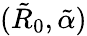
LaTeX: (\tilde{R}_{0},\tilde{\alpha})